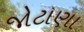
જોટાણા